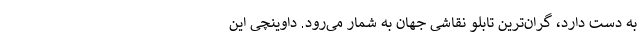
به دست دارد، گران‌ترین تابلو نقاشی جهان به شمار می‌رود. داوینچی این